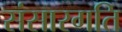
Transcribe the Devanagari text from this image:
संसारगति